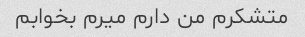
متشکرم من دارم میرم بخوابم